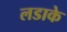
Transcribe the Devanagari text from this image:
लडाके